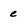
Character: c